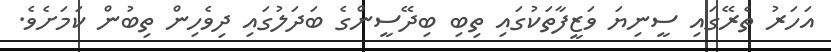
އަހަރު ތެރޭގައި ސީނިޔަ ވަޒީފާތަކުގައި ތިބި ބިދޭސީންގެ ބަދަލުގައި ދިވެހިން ތިބުން ކަމަށެވެ.